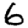
Digit: 6